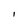
Character: i